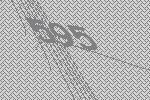
595